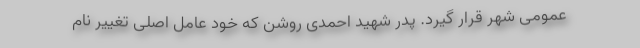
عمومی شهر قرار گیرد. پدر شهید احمدی روشن که خود عامل اصلی تغییر نام